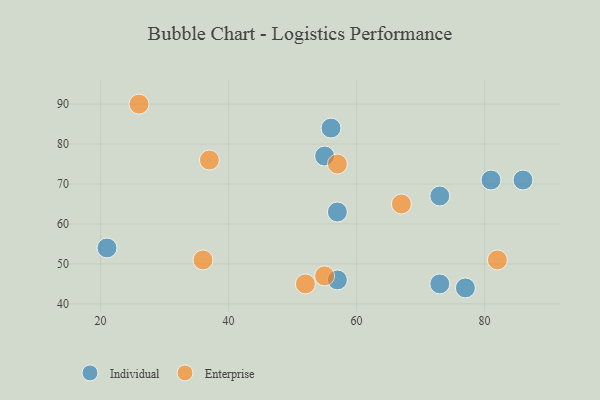
{"axis": {"x": "GDP", "y": "Life Expectancy"}, "legend": ["Enterprise", "Individual"], "data": [{"x": "57", "y": 46, "type": "Individual"}, {"x": "21", "y": 54, "type": "Individual"}, {"x": "56", "y": 84, "type": "Individual"}, {"x": "77", "y": 44, "type": "Individual"}, {"x": "57", "y": 63, "type": "Individual"}, {"x": "86", "y": 71, "type": "Individual"}, {"x": "73", "y": 67, "type": "Individual"}, {"x": "55", "y": 77, "type": "Individual"}, {"x": "73", "y": 45, "type": "Individual"}, {"x": "81", "y": 71, "type": "Individual"}, {"x": "52", "y": 45, "type": "Enterprise"}, {"x": "82", "y": 51, "type": "Enterprise"}, {"x": "55", "y": 47, "type": "Enterprise"}, {"x": "57", "y": 75, "type": "Enterprise"}, {"x": "26", "y": 90, "type": "Enterprise"}, {"x": "67", "y": 65, "type": "Enterprise"}, {"x": "36", "y": 51, "type": "Enterprise"}, {"x": "37", "y": 76, "type": "Enterprise"}]}